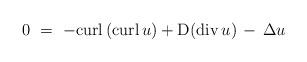
LaTeX: \begin{align*}0\ =\ - {\rm curl} \left( {\rm curl}\,u \right) +{\rm D}({\rm div} \,u) \,-\, \Delta u\end{align*}